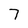
Character: 7